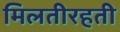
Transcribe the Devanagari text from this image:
मिलतीरहती